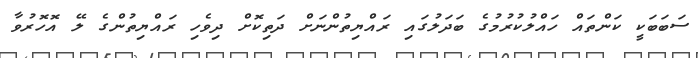
ސަބަބަކީ ކަންތައް ހައްލުކުރުމުގެ ބަދަލުގައި ރައްޔިތުންނަށް ދަތިކޮށް ދިވެހި ރައްޔިތުންގެ ލޭ އޮހޮރުވާ